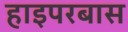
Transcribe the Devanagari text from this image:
हाइपरबास